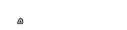
٧